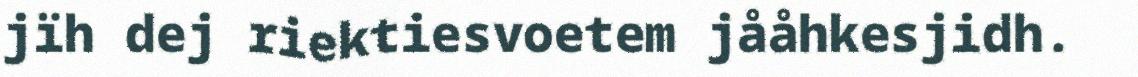
jïh dej riektiesvoetem jååhkesjidh.